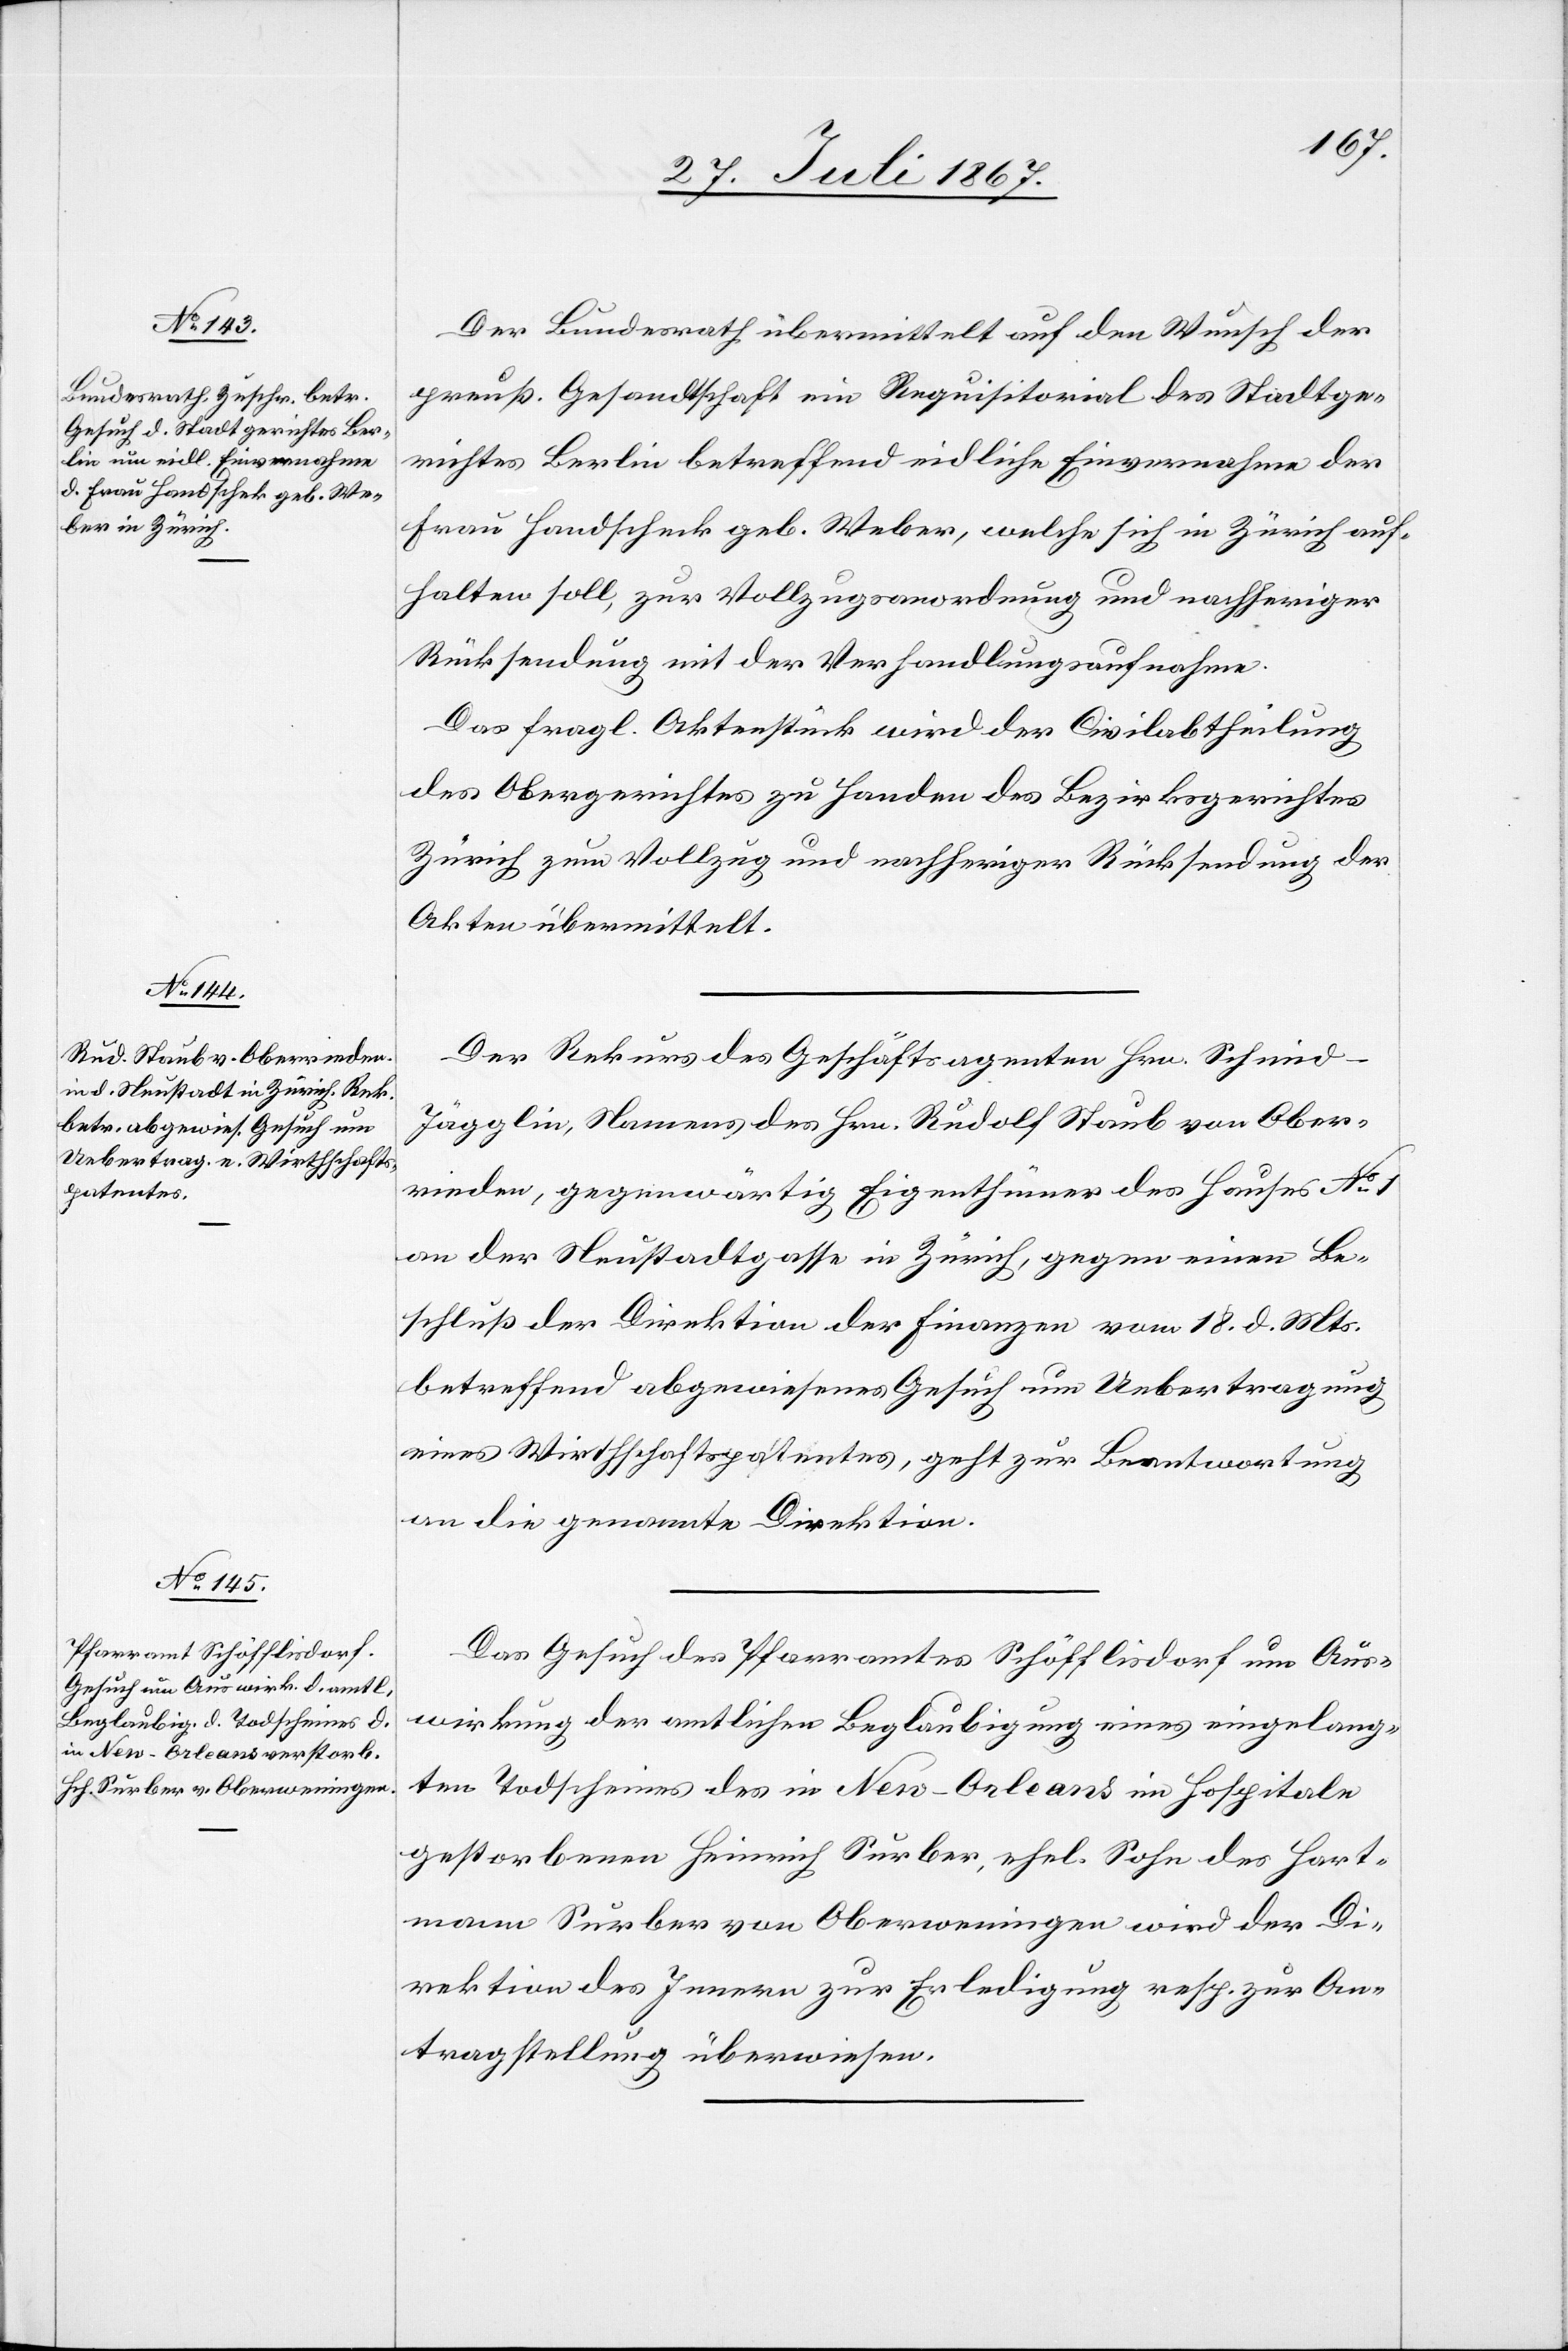
30. Juli 1867.]
Der Bundesrath übermittelt auf den Wunsch der
preuß. Gesandtschaft ein Requisitorial des Stadtge¬
richtes Berlin betreffend eidliche Einvernahme der
Frau Handschenk geb. Weber, welche sich in Zürich auf¬
halten soll, zur Vollzugsanwendung und nachheriger
Rücksendung mit der Verhandlungsaufnahme.
Das fragl. Aktenstück wird der Civilabtheilung
des Obergerichtes zu Handen des Bezirksgerichtes
Zürich zum Vollzug und nachheriger Rücksendung der
Akten übermittelt.
Der Rekurs des Geschäftsagenten Hrn. Schmid-J¬
ägglin, Namens des Hrn. Rudolf Staub von Ober¬
rieden, gegenwärtig Eigenthümer des Hauses No.
an der Neustadtgasse in Zürich, gegen einen Be¬
schluß der Direktion der Finanzen vom 18. d. Mts.
betreffend abgewiesenes Gesuch um Uebertragung
eines Wirthschaftspatentes, geht zur Beantwortung
an die genannte Direktion.
Das Gesuch des Pfarramtes Schöfflisdorf um Aus¬
wirkung der amtlichen Beglaubigung eines eingelang¬
ten Todscheines des in New-Orleans im Hospitale
gestorbenen Heinrich Surber, ehel. Sohn des Hart¬
mann Surber von Oberweningen wird der D¬
irektion des Innern zur Erledigung resp. zur An¬
tragstellung überwiesen.